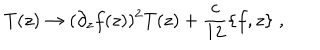
T ( z ) \rightarrow ( \partial _ { z } f ( z ) ) ^ { 2 } T ( z ) + \frac { c } { 1 2 } \{ f , z \} \; ,